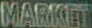
MARKET